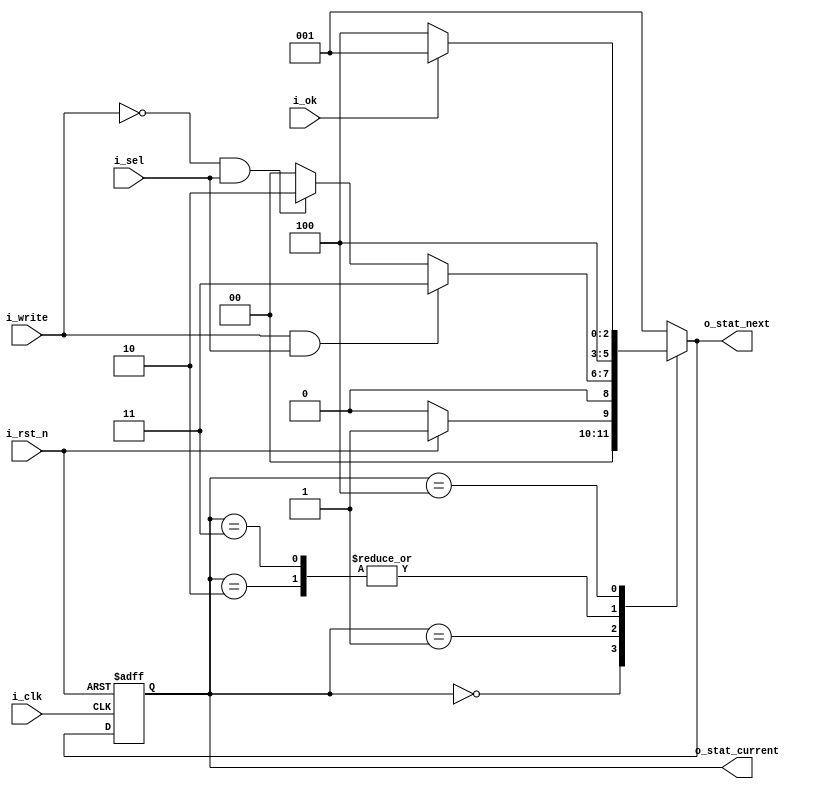
module fsm_bus_control (
   input i_clk,
   input i_rst_n,
   input i_write,
   input i_sel,
   input i_ok,
   output [2:0] o_stat_current,
   output [2:0] o_stat_next
);

   parameter Reset = 3'b000;
   parameter Idle = 3'b001;
   parameter Read = 3'b010;
   parameter Write = 3'b011;
   parameter Delay = 3'b100;

   reg [2:0] cur_stat;
   reg [2:0] nxt_stat;

  always @(posedge i_clk or negedge i_rst_n)
      if (!i_rst_n)
          cur_stat <= Reset;
      else
          cur_stat <= nxt_stat;

  always @(cur_stat or i_write or i_sel or i_ok or i_rst_n) begin
      case (cur_stat)
          Reset:
              if (!i_rst_n)
                  nxt_stat = Reset;
              else
                  nxt_stat = Idle;
          Idle:
              if (i_write && i_sel)
                 nxt_stat = Write;
              else if (!i_write && i_sel)
                 nxt_stat = Read;
              else
                 nxt_stat = Reset;
          Read:
              nxt_stat = Delay;
          Write:
              nxt_stat = Delay;
          Delay:
              if (!i_ok)
                  nxt_stat = Delay;
              else
                  nxt_stat = Idle;
          default:
              nxt_stat = Idle;
      endcase
  end

  assign o_stat_current = cur_stat;
  assign o_stat_next = nxt_stat;

endmodule